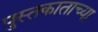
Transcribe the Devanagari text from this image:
पुस्तकाताच्या